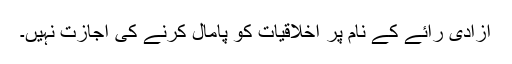
آزادی رائے کے نام پر اخلاقیات کو پامال کرنے کی اجازت نہیں۔